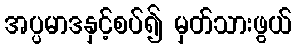
အပ္ပမာဒနှင့်စပ်၍ မှတ်သားဖွယ်